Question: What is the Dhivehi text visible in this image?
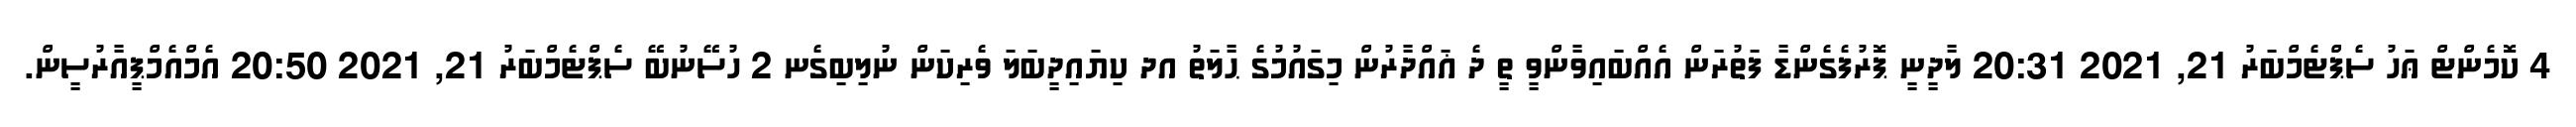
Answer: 4 ކޮމެންޓް ޢަހު ސެޕްޓެމްބަރު 21, 2021 20:31 ލާދީނީ ޕޮރުފެގެންޑާ ފަތުރަން އެއްބައިވާންވީ ތީ ދެ ޣައްދާރުން މިގައުމުގެ ޙާލަތު އދ ކިޔައިދީބަލަ ވެރިކަން ނުލިބިގެނ 2 ހުސޭނުބޭ ސެޕްޓެމްބަރު 21, 2021 20:50 އެމްއެމްޕީއާރުސީން.